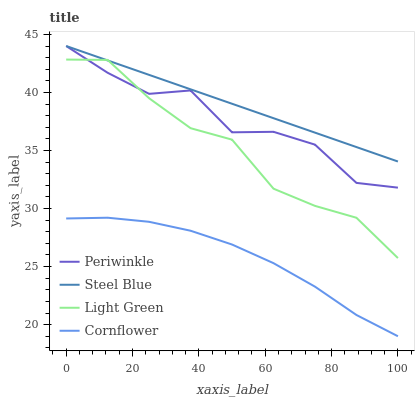
| xaxis_label | Periwinkle | Steel Blue | Light Green | Cornflower |
 | --- | --- | --- | --- | --- |
 | 0 | 44 | 44 | 42.8 | 29.1 |
 | 12.5 | 41.7 | 42.8 | 42.8 | 29.2 |
 | 25 | 39.9 | 41.5 | 39.5 | 28.9 |
 | 37.5 | 40.2 | 40.3 | 36.9 | 28.1 |
 | 50 | 36.6 | 39 | 35.9 | 26.9 |
 | 62.5 | 36.6 | 37.8 | 31.7 | 25.3 |
 | 75 | 35.5 | 36.5 | 30.2 | 23.3 |
 | 87.5 | 32.2 | 35.3 | 29.2 | 20.8 |
 | 100 | 31.8 | 34.1 | 25.7 | 19 |